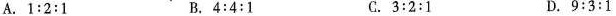
A. $$1 : 2 : 1$$ B.$$ 4 : 4 : 1$$ C.$$ 3 : 2 : 1$$ D.$$ 9：3：1$$